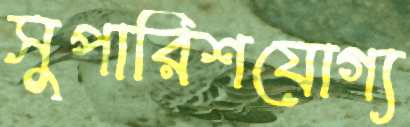
সুপারিশযোগ্য